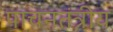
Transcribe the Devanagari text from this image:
पाचनतंत्रीय